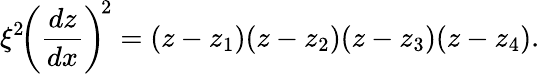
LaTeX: \begin{array}{l}{\displaystyle{\xi^{2}\! \left(\frac{dz}{dx}\right)^{\! 2}=(z-z_{1})(z-z_{2})(z-z_{3})(z-z_{4}).}}\end{array}